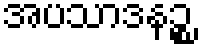
အပသာဒနဉ္စ